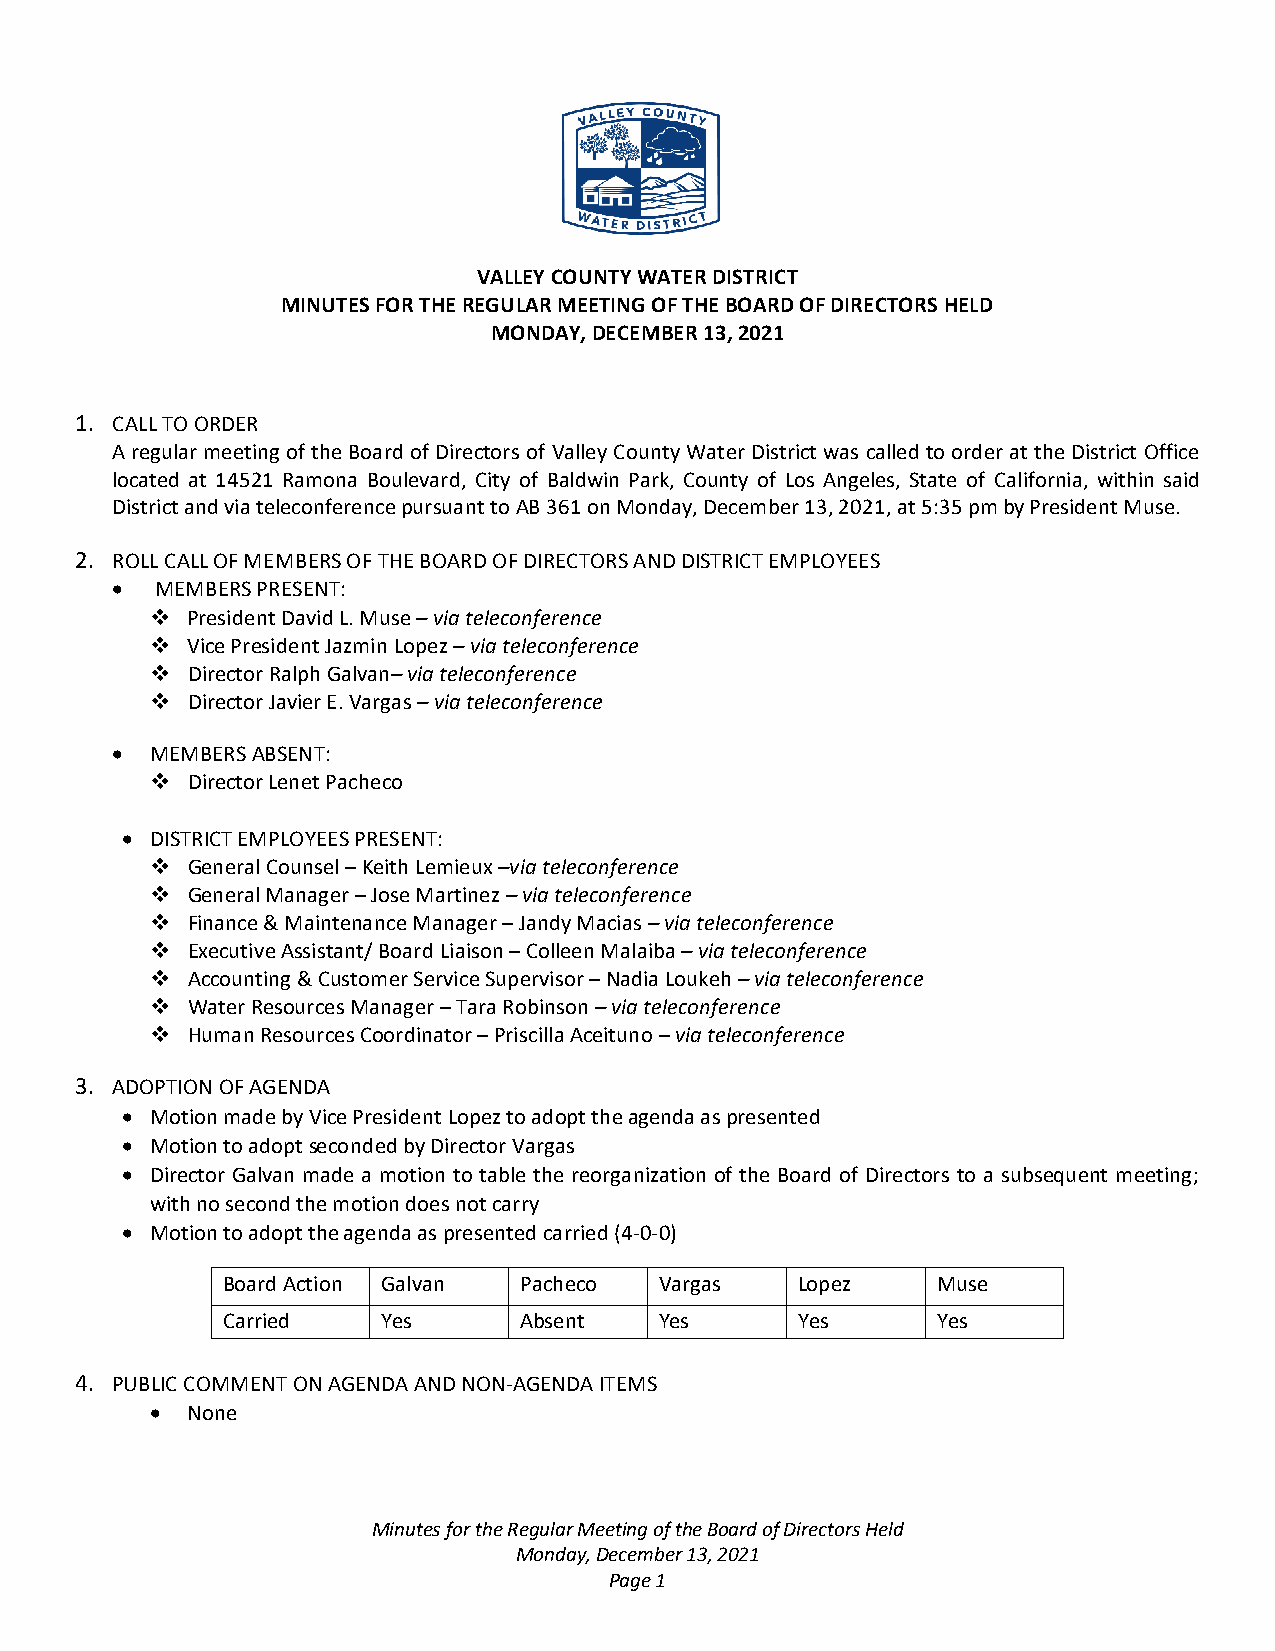
VALLEY COUNTY WATER DISTRICT
 MINUTES FOR THE REGULAR MEETING OF THE BOARD OF DIRECTORS HELD
 MONDAY, DECEMBER 13, 2021
 1. CALL TO ORDER
 A regular meeting of the Board of Directors of Valley County Water District was called to order at the District Office
 located at 14521 Ramona Boulevard, City of Baldwin Park, County of Los Angeles, State of California, within said
 District and via teleconference pursuant to AB 361 on Monday, December 13, 2021, at 5:35 pm by President Muse.
 2. ROLL CALL OF MEMBERS OF THE BOARD OF DIRECTORS AND DISTRICT EMPLOYEES
 •  MEMBERS PRESENT:
  President David L. Muse – via teleconference
  Vice President Jazmin Lopez – via teleconference
  Director Ralph Galvan– via teleconference
  Director Javier E. Vargas – via teleconference
 •  MEMBERS ABSENT:
  Director Lenet Pacheco
 • DISTRICT EMPLOYEES PRESENT:
  General Counsel – Keith Lemieux –via teleconference
  General Manager – Jose Martinez – via teleconference
  Finance & Maintenance Manager – Jandy Macias – via teleconference
  Executive Assistant/ Board Liaison – Colleen Malaiba – via teleconference
  Accounting & Customer Service Supervisor – Nadia Loukeh – via teleconference
  Water Resources Manager – Tara Robinson – via teleconference
  Human Resources Coordinator – Priscilla Aceituno – via teleconference
 3. ADOPTION OF AGENDA
 • Motion made by Vice President Lopez to adopt the agenda as presented
 • Motion to adopt seconded by Director Vargas
 • Director Galvan made a motion to table the reorganization of the Board of Directors to a subsequent meeting;
 with no second the motion does not carry
 • Motion to adopt the agenda as presented carried (4-0-0)
 Board Action Galvan Pacheco  Vargas   Lopez    Muse
 Carried   Yes      Absent    Yes      Yes      Yes
 4. PUBLIC COMMENT ON AGENDA AND NON-AGENDA ITEMS
 • None
 Minutes for the Regular Meeting of the Board of Directors Held
 Monday, December 13, 2021
 Page 1